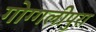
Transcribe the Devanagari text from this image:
गोग्गलीपुरा